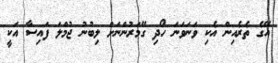
އޭގެ ތެރެއިން އެކި ވަނަވަނަ ހޯދި ގޭމަރުންނަށް ލިބުނު ޖުމްލަ ފައިސާ އަކީ